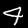
Label: 4